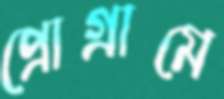
প্রোগ্রামে